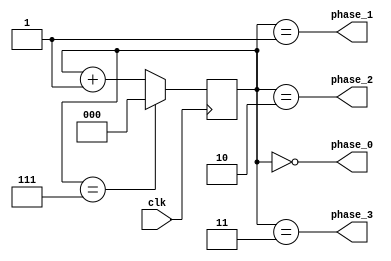
module multi_phase_clock_divider (
    input wire clk,
    output reg phase_0,
    output reg phase_1,
    output reg phase_2,
    output reg phase_3
);

reg [2:0] counter;

always @(posedge clk) begin
    if (counter == 3'b111)
        counter <= 0;
    else
        counter <= counter + 1;
end

always @(*) begin
    phase_0 = (counter == 3'b000);
    phase_1 = (counter == 3'b001);
    phase_2 = (counter == 3'b010);
    phase_3 = (counter == 3'b011);
end

endmodule